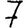
Digit: 7